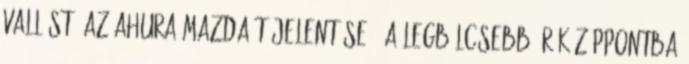
vallást, az Ahura Mazda-t jelentése: "a legbölcsebb úr középpontba